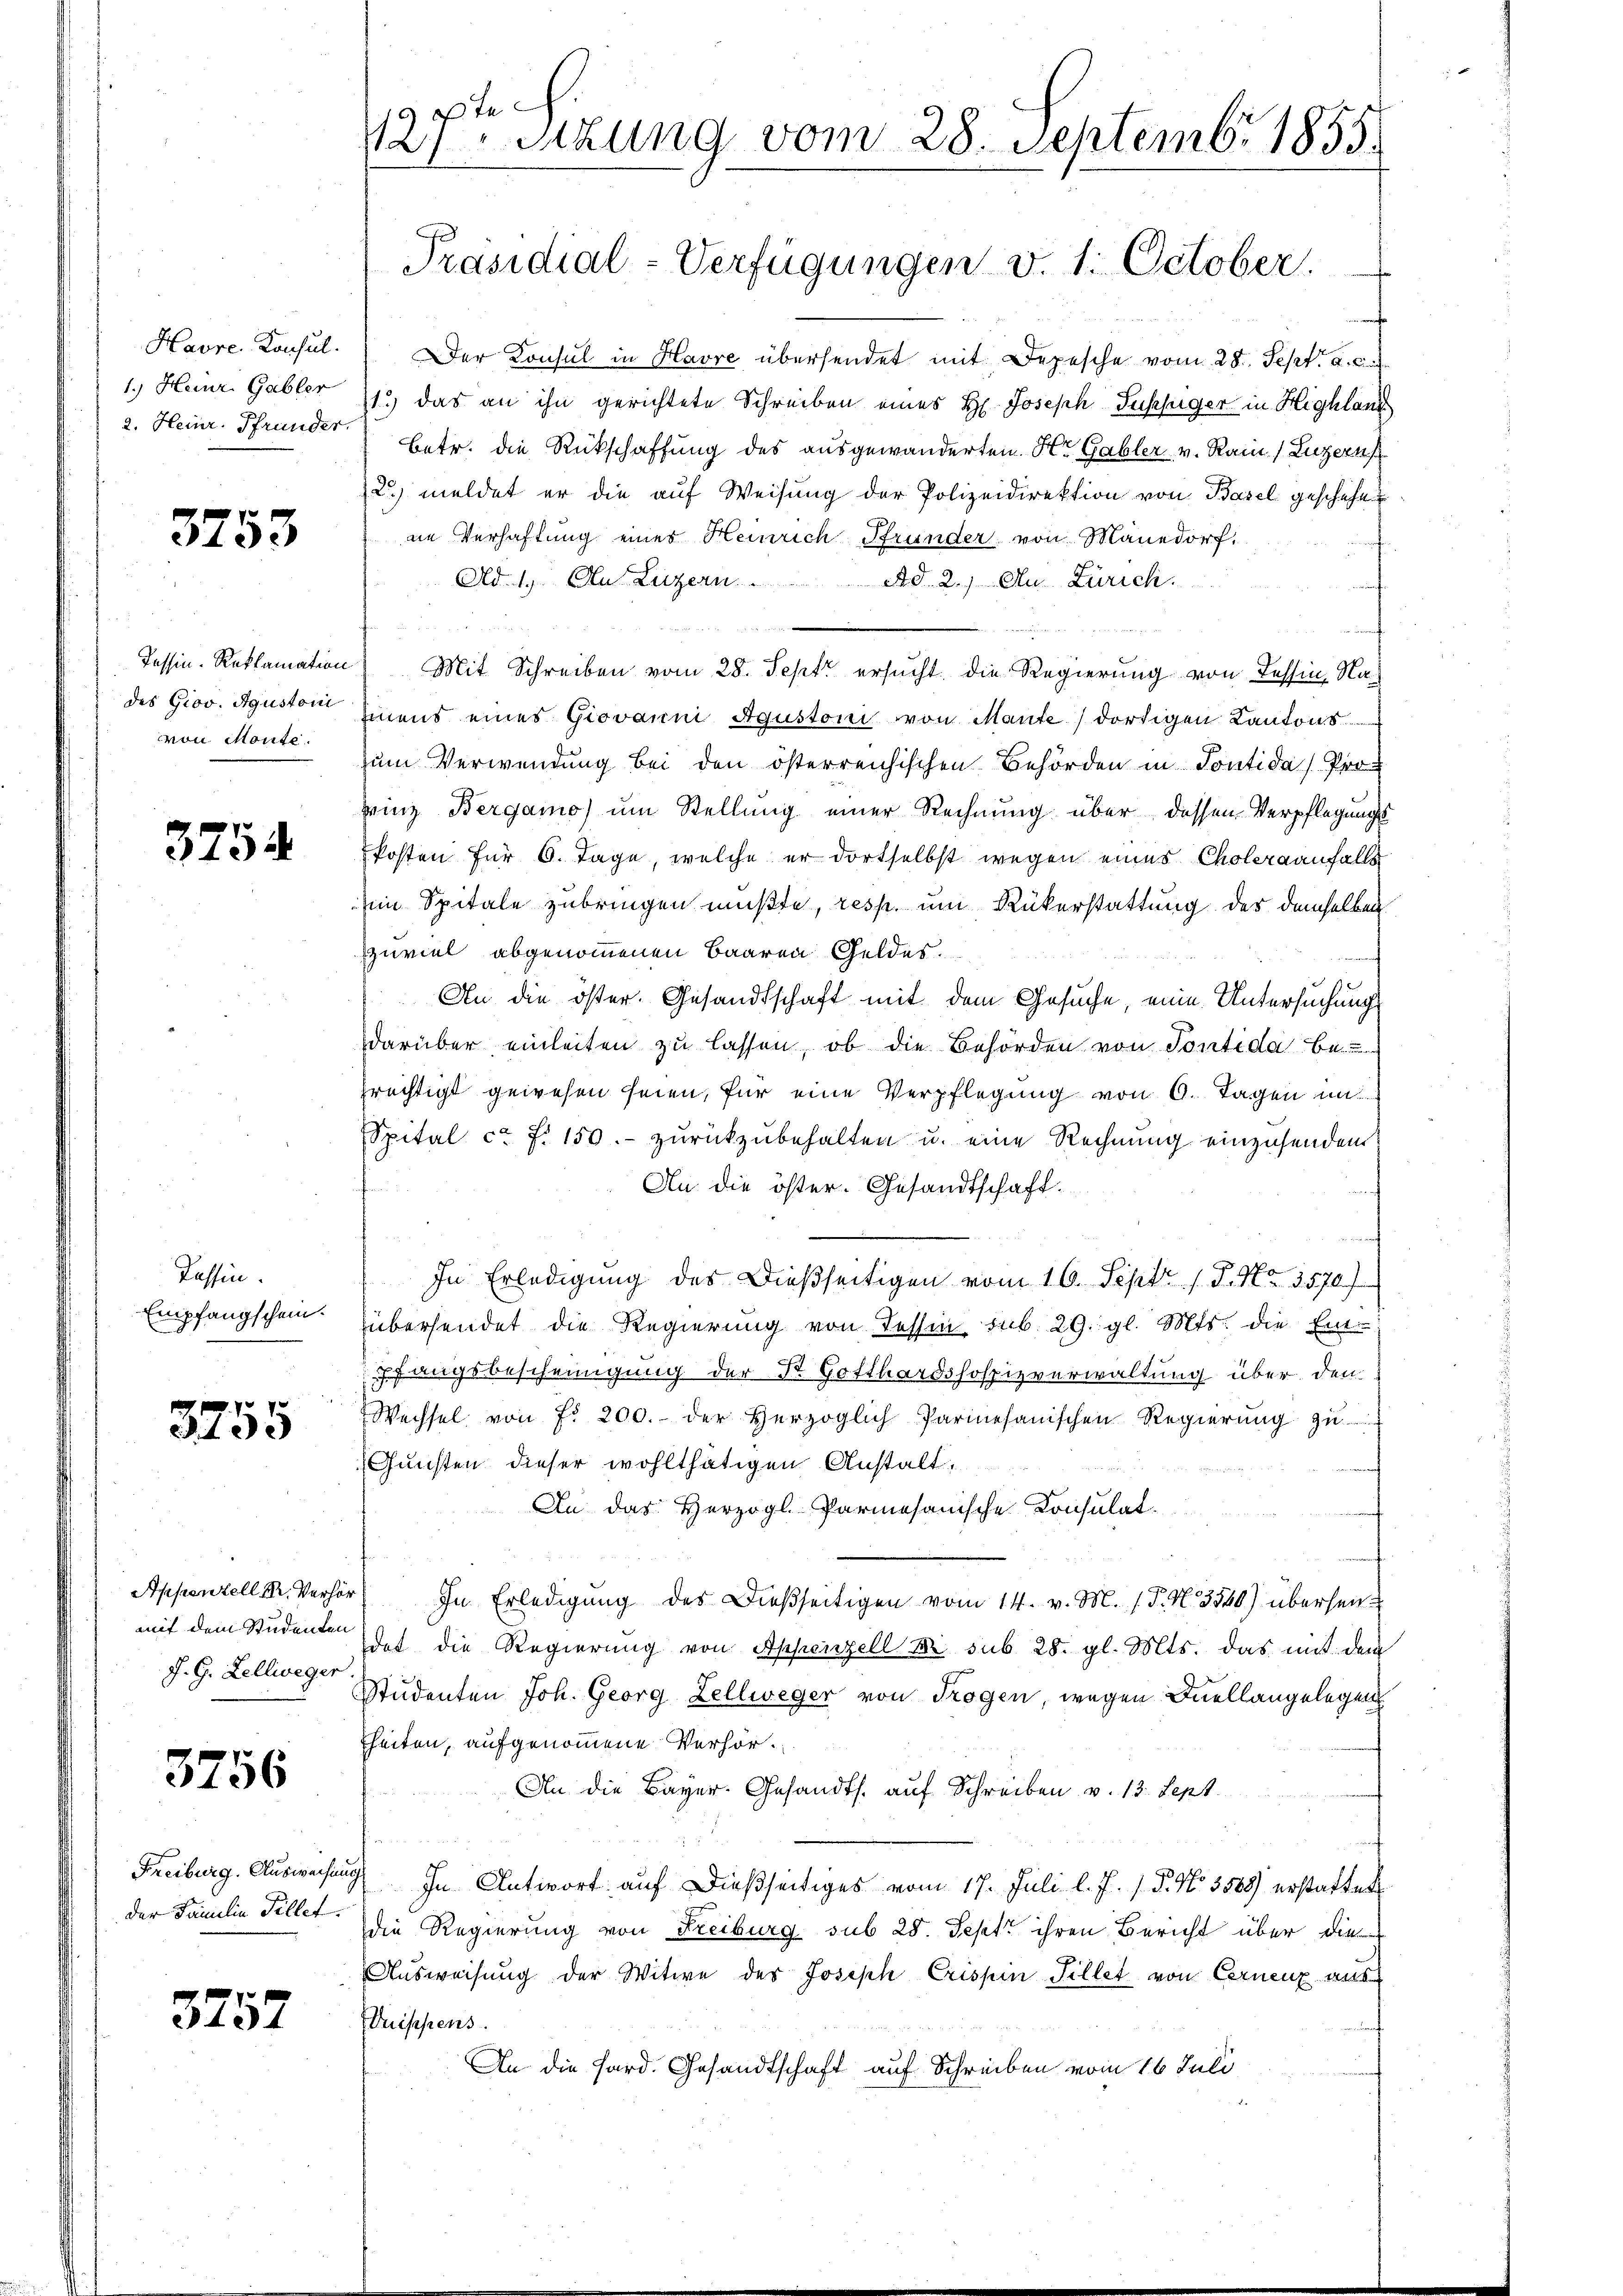
Havre Konsul
1.) Heinr. Gabler
2. Heinr. Pfrunder.

3753

Tessin-Reklamation
des Giov. Agustoni
von Monte.

3754

Passin.
Empfangschein.

3755

Appenzell M. Verhör
mit dem Studenten
J. G. Zellweger

3756

Freiburg. Auswachung
der Familie Tillet.

3757

127ten Sitzung vom 28. Septemb. 1855.

Präsidial-Verfügungen v. 1. October.

f
Der Konsul in Havre übersendet mit Depesche vom 28. Sept. a. c.
1.) das an ihn gerichtete Schreiben eines H. Joseph Fusssiger in Highlang
Betr. die Rückschaffung des ausgewanderten Hr. Gabler v. Ram (Luzerns
2. meldet er die auf Weisung der Polizeidirektion von Basel geschehe
ne Verhaftung eines Heinrich Pfrunder von Mänedorf,
Ad. 19. Au Luzern
Ad 2.) An Zürich.
h
f
Mit Schreiben vom 28. Sept ersucht. Die Regierung von Tessin, Nahinens eines Giovanni Agustoni von Mante dortigen Kantonszum Verwendung bei den österreichischen Behörden in Pontidas Prof
prinz Bergamo) um Stellung einer Rechnung über dessen Verpflegungs
kosten für 6. Tage, welche er dortselbst wegen eines Choleraanfalls
im Spitale zubringen mußte, resp. um Rükerstattung der demselben
zuviel abgenommenen Baaren Geldes.
An die öster. Gesandtschaft mit dem Gesuche, eine Untersuchungs
darüber einleiten zu lassen, ob die Behörden von Sontida bei
prechtigt gewesen seien, für eine Verpflegung von 6. Tagen und
Spital ca. f. 150.- zurückzubehalten u. eine Rechnung einzusenden
An die öster. Gesandtschaft.
¬
In Erledigung des dießseitigen vom 16. Sept. 1 P. Nr. 3570 f
übersendet die Regierung von Tessin, sub. 29. gl. Mts. die Ein
pfangsbescheinigung der St. Gotthardshospizverwaltung über den
Wechsel von fr. 200. der Herzoglich Parmesanischen Regierŭng zu
Gunsten dieser wohlthätigen Anstalt,
In das Herzogl.-Parmesanische Consulat.
In Erledigung des Dießseitigen vom 14. v. M. (T. N. 3540) überseitdet die Regierŭng von Appenzell u. sub 28. gl. Mts. das mit dem
Studenten Joh. Georg Zellweger von Trogen, wegen Quellangelegen
heiten, aufgenommene Verhör¬
An die Bayer. Gesandts. auf Schreiben v. 13. Sept.
In Antwort auf dießseitiges vom 17. Juli l. J. J. P. No. 3589) erstattet
die Regierung von Freiburg sub 25. Sept. ihren Bericht über die
Ausweisung der Witwe der Joseph Crispen Fillet von Cernenz aus
Duippens.
An die Hard. Gesandtschaft auf Schreiben vom 16. Juli